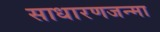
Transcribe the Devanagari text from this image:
साधारणजन्मा